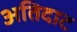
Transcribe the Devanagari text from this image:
अतिदाट